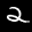
Label: 2